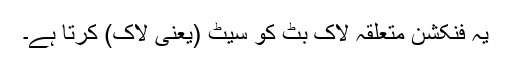
یہ فنکشن متعلقہ لاک بٹ کو سیٹ (یعنی لاک) کرتا ہے۔